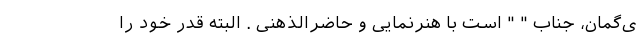
ی‌گمان، جنابِ " " است با هنرنمایی و حاضر‌الذهنی . البته قدر خود را